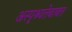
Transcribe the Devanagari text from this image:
अस्पृश्यतेबाबत